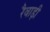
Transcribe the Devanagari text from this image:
रैवाड़ी